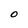
Character: O